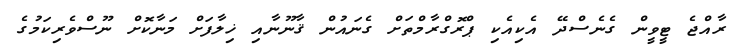
ރާއްޖެ ޓީވީން ގެނެސްދޭ އެކިއެކި ޕްރޮގްރާމްތަށް ގެނައުން ޤާނޫނާއި ޚިލާފަށް މަނާކޮށް ނޫސްވެރިކަމުގެ